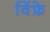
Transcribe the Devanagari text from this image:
विंफ्रे